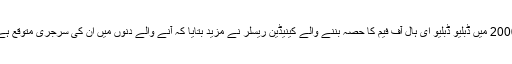
2006 میں ڈبلیو ڈبلیو ای ہال آف فیم کا حصہ بننے والے کینیڈین ریسلر نے مزید بتایا کہ آنے والے دنوں میں ان کی سرجری متوقع ہے۔